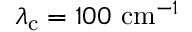
\lambda _ { \mathrm { c } } = 1 0 0 \ \mathrm { c m } ^ { - 1 }